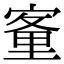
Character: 𡪂